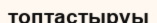
топтастыруы